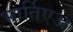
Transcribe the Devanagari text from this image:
भार्तिएअ